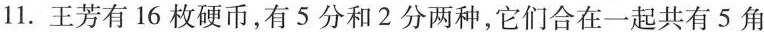
11.王芳有16枚硬币，有5分和2分两种，它们合在一起共有5角